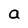
Character: a